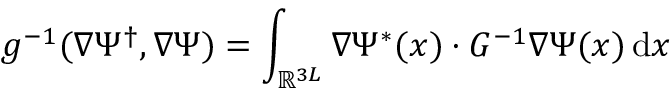
g ^ { - 1 } ( \nabla \Psi ^ { \dagger } , \nabla \Psi ) = \int _ { \mathbb { R } ^ { 3 L } } \nabla \Psi ^ { * } ( x ) \cdot G ^ { - 1 } \nabla \Psi ( x ) \, { \mathrm { d } } x